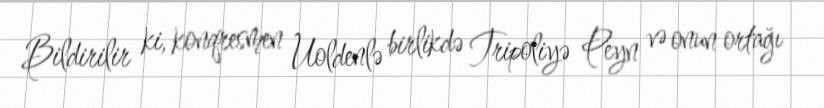
Bildirilir ki, konqresmen Uoldenlə birlikdə Tripoliyə Peyn və onun ortağı